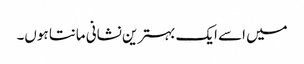
میں اسے ایک بہترین نشانی مانتا ہوں۔